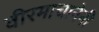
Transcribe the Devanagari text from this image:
वीरमाचानेनी